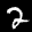
Label: 2